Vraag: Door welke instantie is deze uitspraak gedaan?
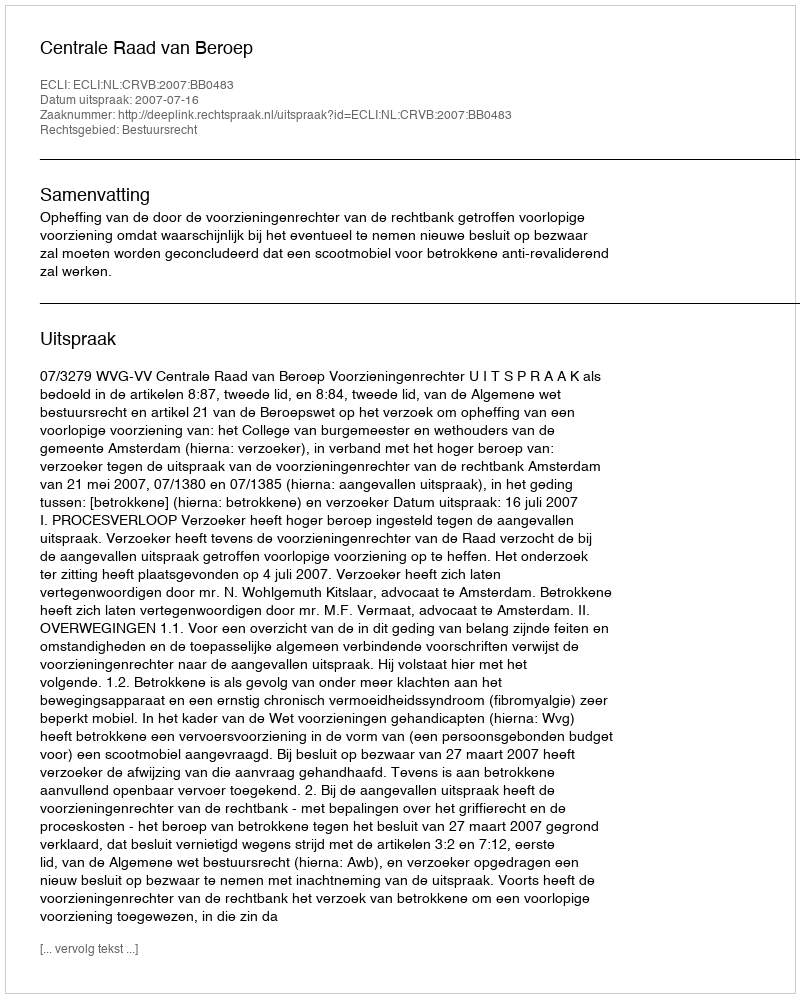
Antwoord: Centrale Raad van Beroep